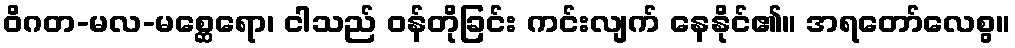
ဝိဂတ-မလ-မစ္ဆေရော၊ ငါသည် ဝန်တိုခြင်း ကင်းလျက် နေနိုင်၏။ အရတော်လေစွ။